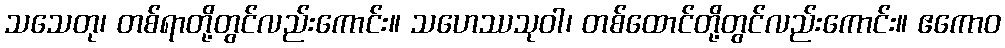
သသေတု၊ တစ်ရာတို့တွင်လည်းကောင်း။ သဟေဿသုဝါ၊ တစ်ထောင်တို့တွင်လည်းကောင်း။ ဧကောဝ